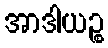
အာဒါယဉ္စ